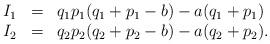
LaTeX: \begin{align*}&\begin{array}{rcl}I_1&=& q_1p_1(q_1+p_1-b)-a(q_1+p_1)\\I_2&=& q_2p_2(q_2+p_2-b)-a(q_2+p_2).\\\end{array}\end{align*}